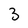
Character: 3